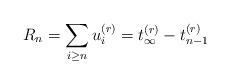
LaTeX: \begin{align*}R_n=\sum_{i\ge n} u_i^{(r)}=t_\infty^{(r)}-t_{n-1}^{(r)}\end{align*}